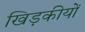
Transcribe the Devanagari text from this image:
खिड़कीयों